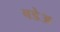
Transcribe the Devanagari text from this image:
बडेअ